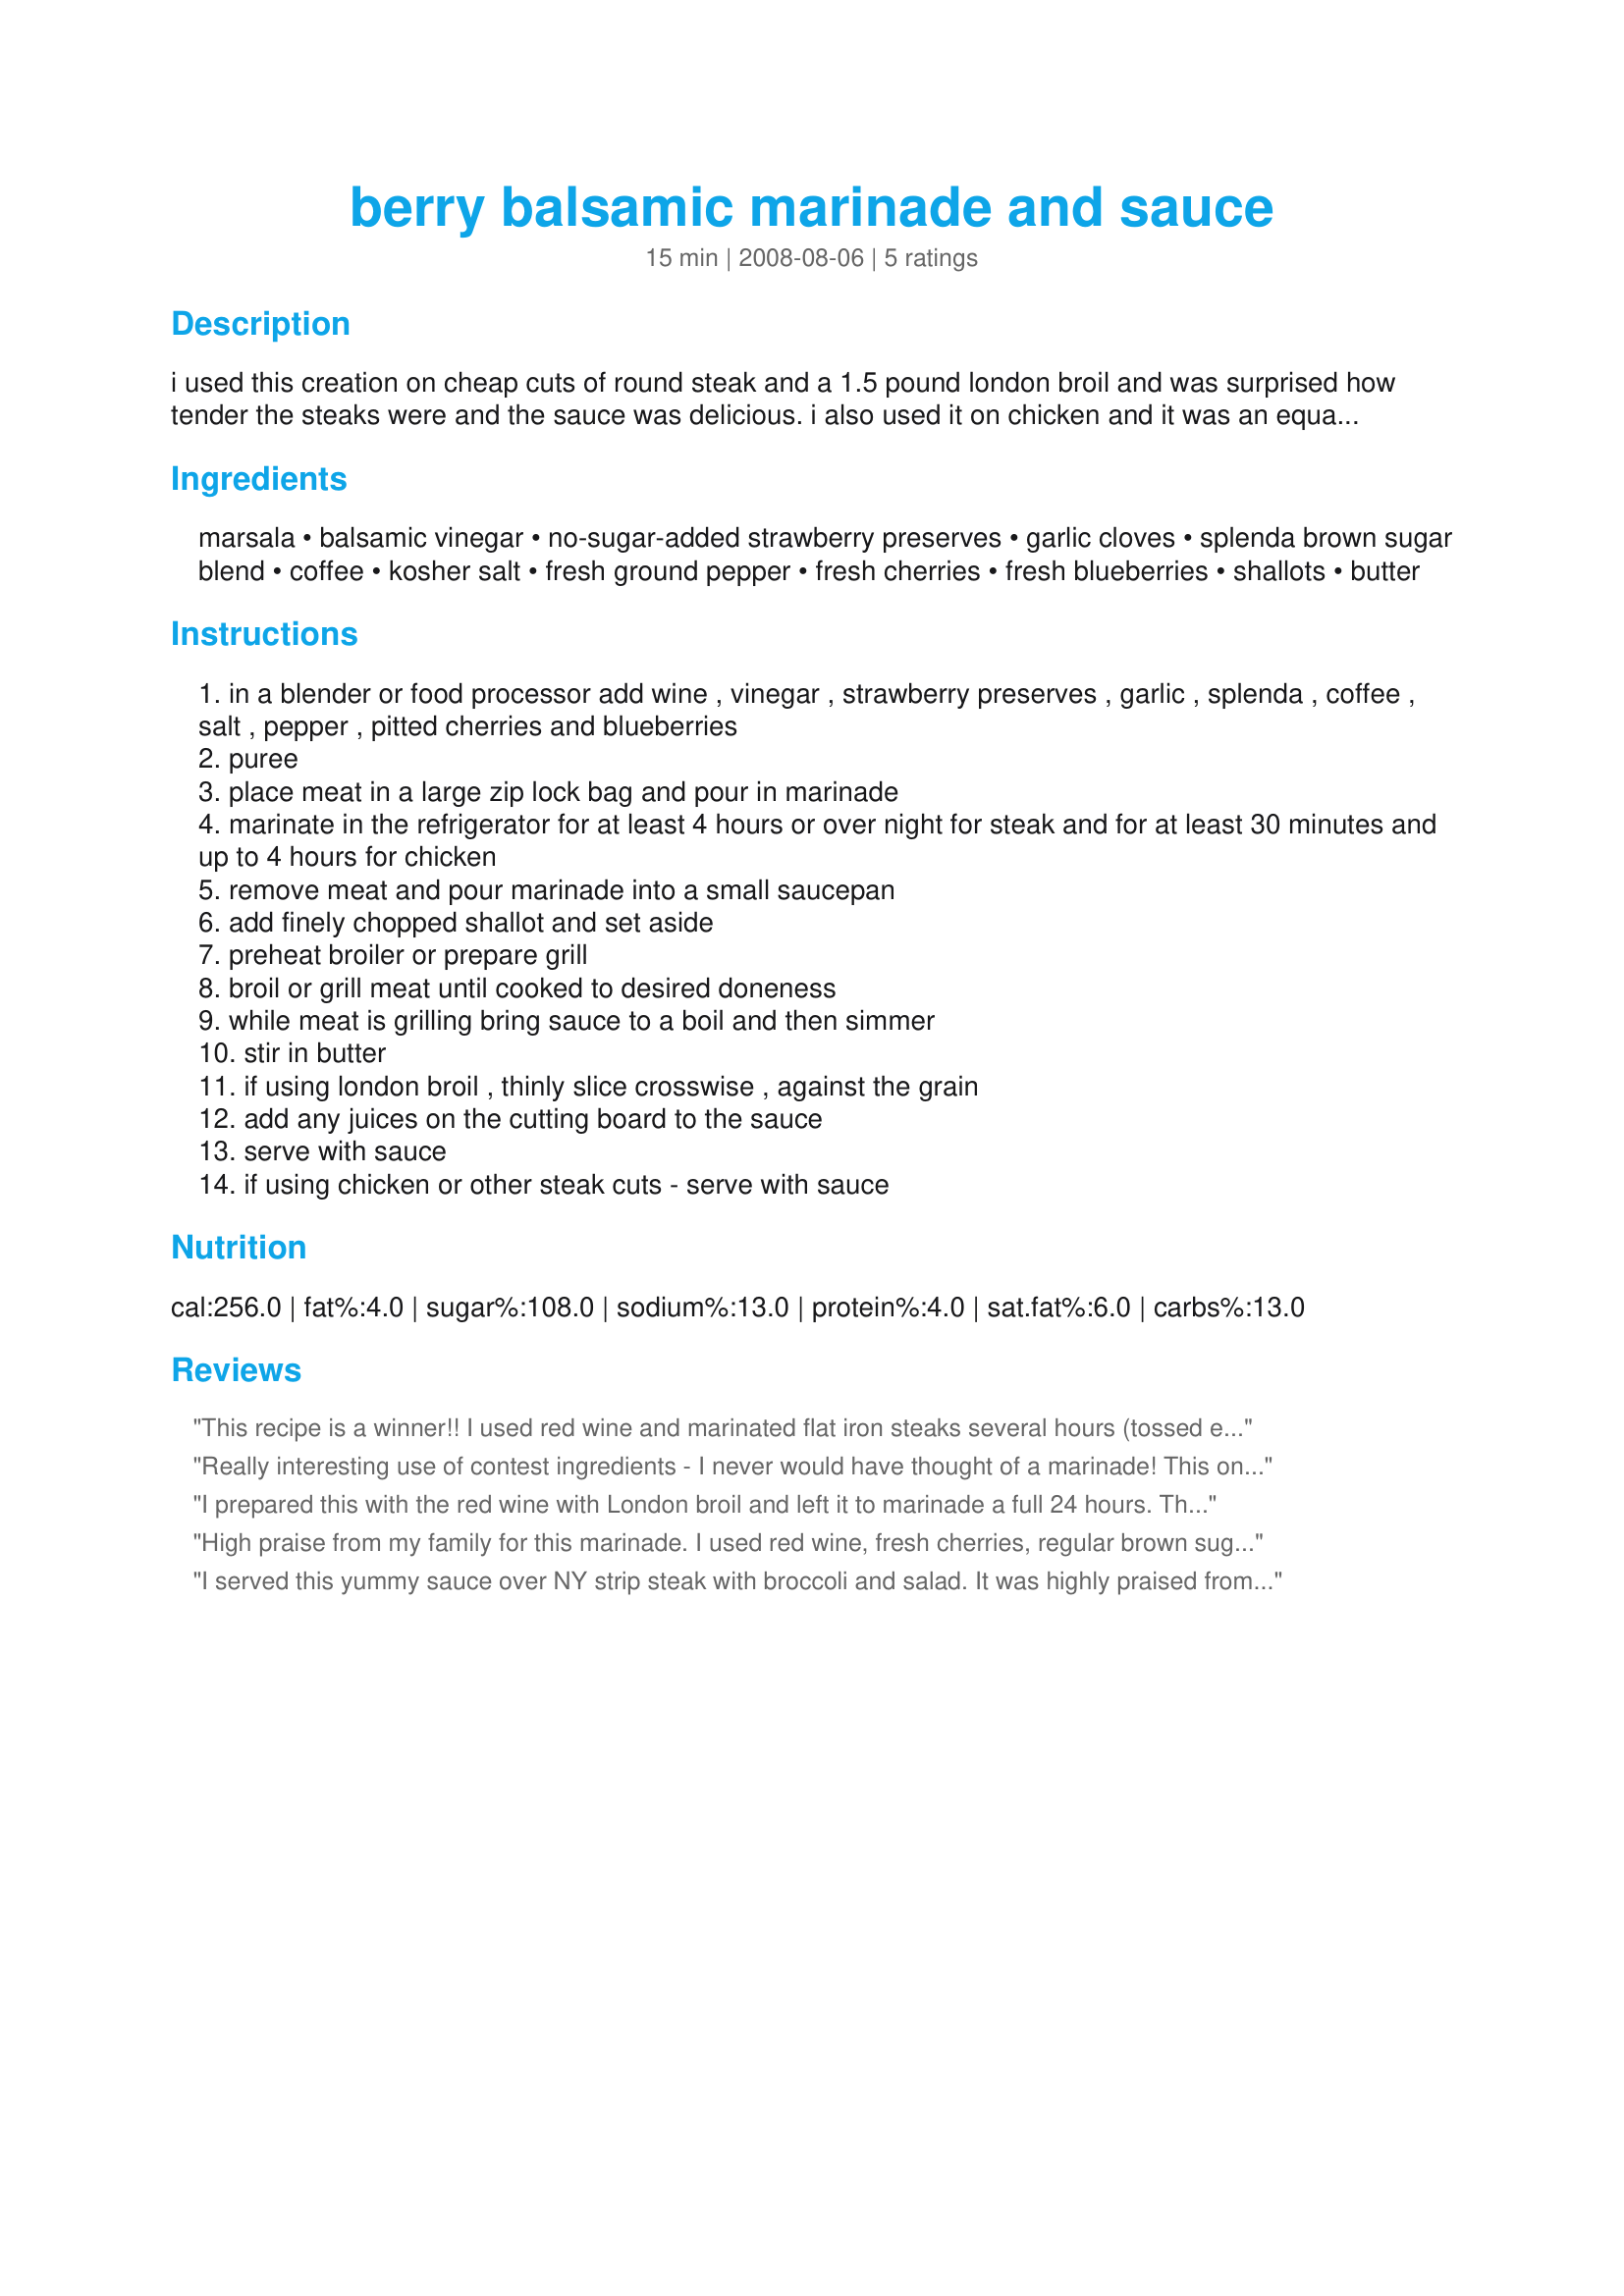
berry balsamic marinade and sauce
Preparation time: 15 minutes

i used this creation on cheap cuts of round steak and a 1.5 pound london broil and was surprised how tender the steaks were and the sauce was delicious. i also used it on chicken and it was an equal success. the marinade doubles as a sauce when simmered with shallots. try on different cuts of steak, chicken or even pork. you will even find yourself running your veggies through the sauce! created for rsc #12.

Ingredients:
marsala, balsamic vinegar, no-sugar-added strawberry preserves, garlic cloves, splenda brown sugar blend, coffee, kosher salt, fresh ground pepper, fresh cherries, fresh blueberries, shallots, butter

Steps:
in a blender or food processor add wine , vinegar , strawberry preserves , garlic , splenda , coffee , salt , pepper , pitted cherries and blueberries
puree
place meat in a large zip lock bag and pour in marinade
marinate in the refrigerator for at least 4 hours or over night for steak and for at least 30 minutes and up to 4 hours for chicken
remove meat and pour marinade into a small saucepan
add finely chopped shallot and set aside
preheat broiler or prepare grill
broil or grill meat until cooked to desired doneness
while meat is grilling bring sauce to a boil and then simmer
stir in butter
if using london broil , thinly slice crosswise , against the grain
add any juices on the cutting board to the sauce
serve with sauce
if using chicken or other steak cuts - serve with sauce

Reviews:
This recipe is a winner!! I used red wine and marinated flat iron steaks several hours (tossed everything in a large ziploc baggie before leaving for work) We grilled the steaks and they were fabulous!! I will be using this marinade next for pork :)
Good luck in the contest!!
Really interesting use of contest ingredients - I never would have thought of a marinade! This one works! I used it on chicken (drumsticks and thighs), which I then proceeded to bake in the oven and served with the marinade cooked to a buttery sauce. I would suggest boiling down the sauce to an almost syrupy consistency (what I did) before whisking in the butter. The marinade gave great flavour and tenderness to the chicken and the sauce was a great complement (and I would have just hated to toss the marinade ;-) ). Good luck, chef!
I prepared this with the red wine with London broil and left it to marinade a full 24 hours. The result was a terrific steak that had a thick rich sauce which was well balanced between sweet and tangy. I loved that one could not easily tell the ingredients as the harmonized nicely. I reduced the sauce as suggested and even made steak sandwiches au jus with the leftovers. My one thought after was that a little fresh rosemary or time to add a slight herbal note would have been sublime. Thank you for a great dinner and good luck with the contest.
High praise from my family for this marinade. I used red wine, fresh cherries, regular brown sugar & marinated three ribeye steaks for 24 hours. It's hard to find a steak recipe that I don't see DH & DS still putting steak sauce or horseradish on, but this marinade was so full of flavor that they didn't need to. I agree with CraftScout's roommate that the flavor would be wonderful on pork as well. With ingredients that are usually on hand anyway, I'll be using this marinade again. Thanks for creating this, NCMS! It was deelish!
I served this yummy sauce over NY strip steak with broccoli and salad. It was highly praised from my roommate (who hates coffee) to my husband (who hates onions, but loved the shallots) to my 2 year old (who kept asking for more "thoss"). My other roommate says that while it is good on steak, and would be lovely on chicken, the sweetness of the sauce would be PERFECT for pork! Thank you for posting.
